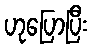
ဟုပြောပြီး